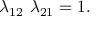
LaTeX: \lambda _ { 1 2 } \ \lambda _ { 2 1 } = 1 .